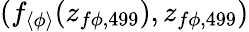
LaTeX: (f_{\langle\phi\rangle}(z_{f\phi,499}),z_{f\phi,499})